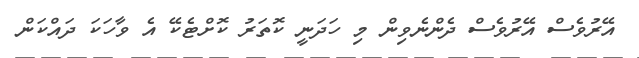
އޭރުވެސް އޭރުވެސް ދެންނެވިން މި ހަދަނީ ކޮތަރު ކޮށްޓެކޭ އެ ވާހަކަ ދައްކަން